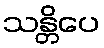
သန္တိပေ